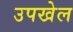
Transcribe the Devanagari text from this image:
उपखेल